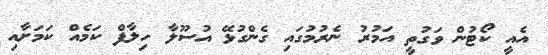
އެއީ ކޯޓުން ވަގުތީ އަމުރު ނެރުމުގައި ގެންގުޅޭ އުސޫލާ ހިލާފް ކަމެއް ކަމަށާއި